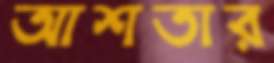
আশতার